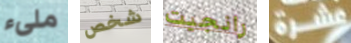
ملىء شخص رانجيت عشرة